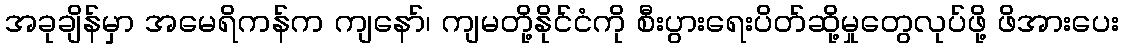
အခုချိန်မှာ အမေရိကန်က ကျနော်၊ ကျမတို့နိုင်ငံကို စီးပွားရေးပိတ်ဆို့မှုတွေလုပ်ဖို့ ဖိအားပေး